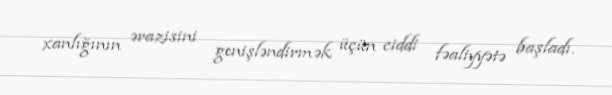
xanlığının ərazisini genişləndirmək üçün ciddi fəaliyyətə başladı.